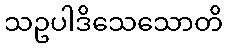
သဥပါဒိသေသောတိ